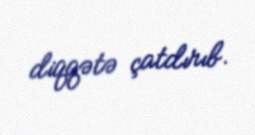
diqqətə çatdırıb.